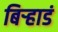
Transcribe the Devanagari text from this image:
बिऱ्हाडं